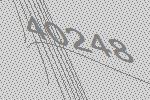
40248